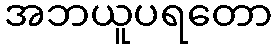
အဘယူပရတော